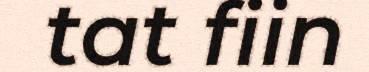
tat fiin